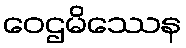
ဝေဌမိဿေန